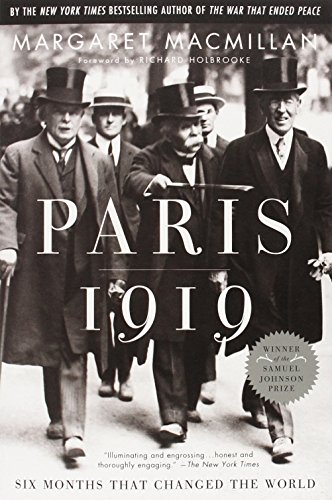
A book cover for Paris 1919: Six Months That Changed the World; Margaret MacMillan; Biographies & Memoirs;